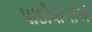
પાદોવાનીએ